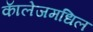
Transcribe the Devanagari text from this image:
काॅलेजमधिल